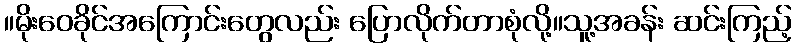
။မိုးဝေခိုင်အကြောင်းတွေလည်း ပြောလိုက်တာစုံလို့။သူ့အခန်း ဆင်းကြည့်